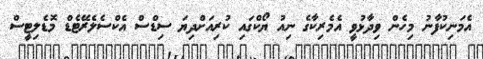
އެމަނިކުފާނު މިހެން ވިދާޅުވީ އެމެރިކާގެ ނިއު ޔޯކްގައި ކުރިއަށްދިޔަ ސިޑްސް އެކްސެލެރޭޓެޑް މޮޑެލިޓީސް